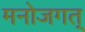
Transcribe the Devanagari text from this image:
मनोजगत्